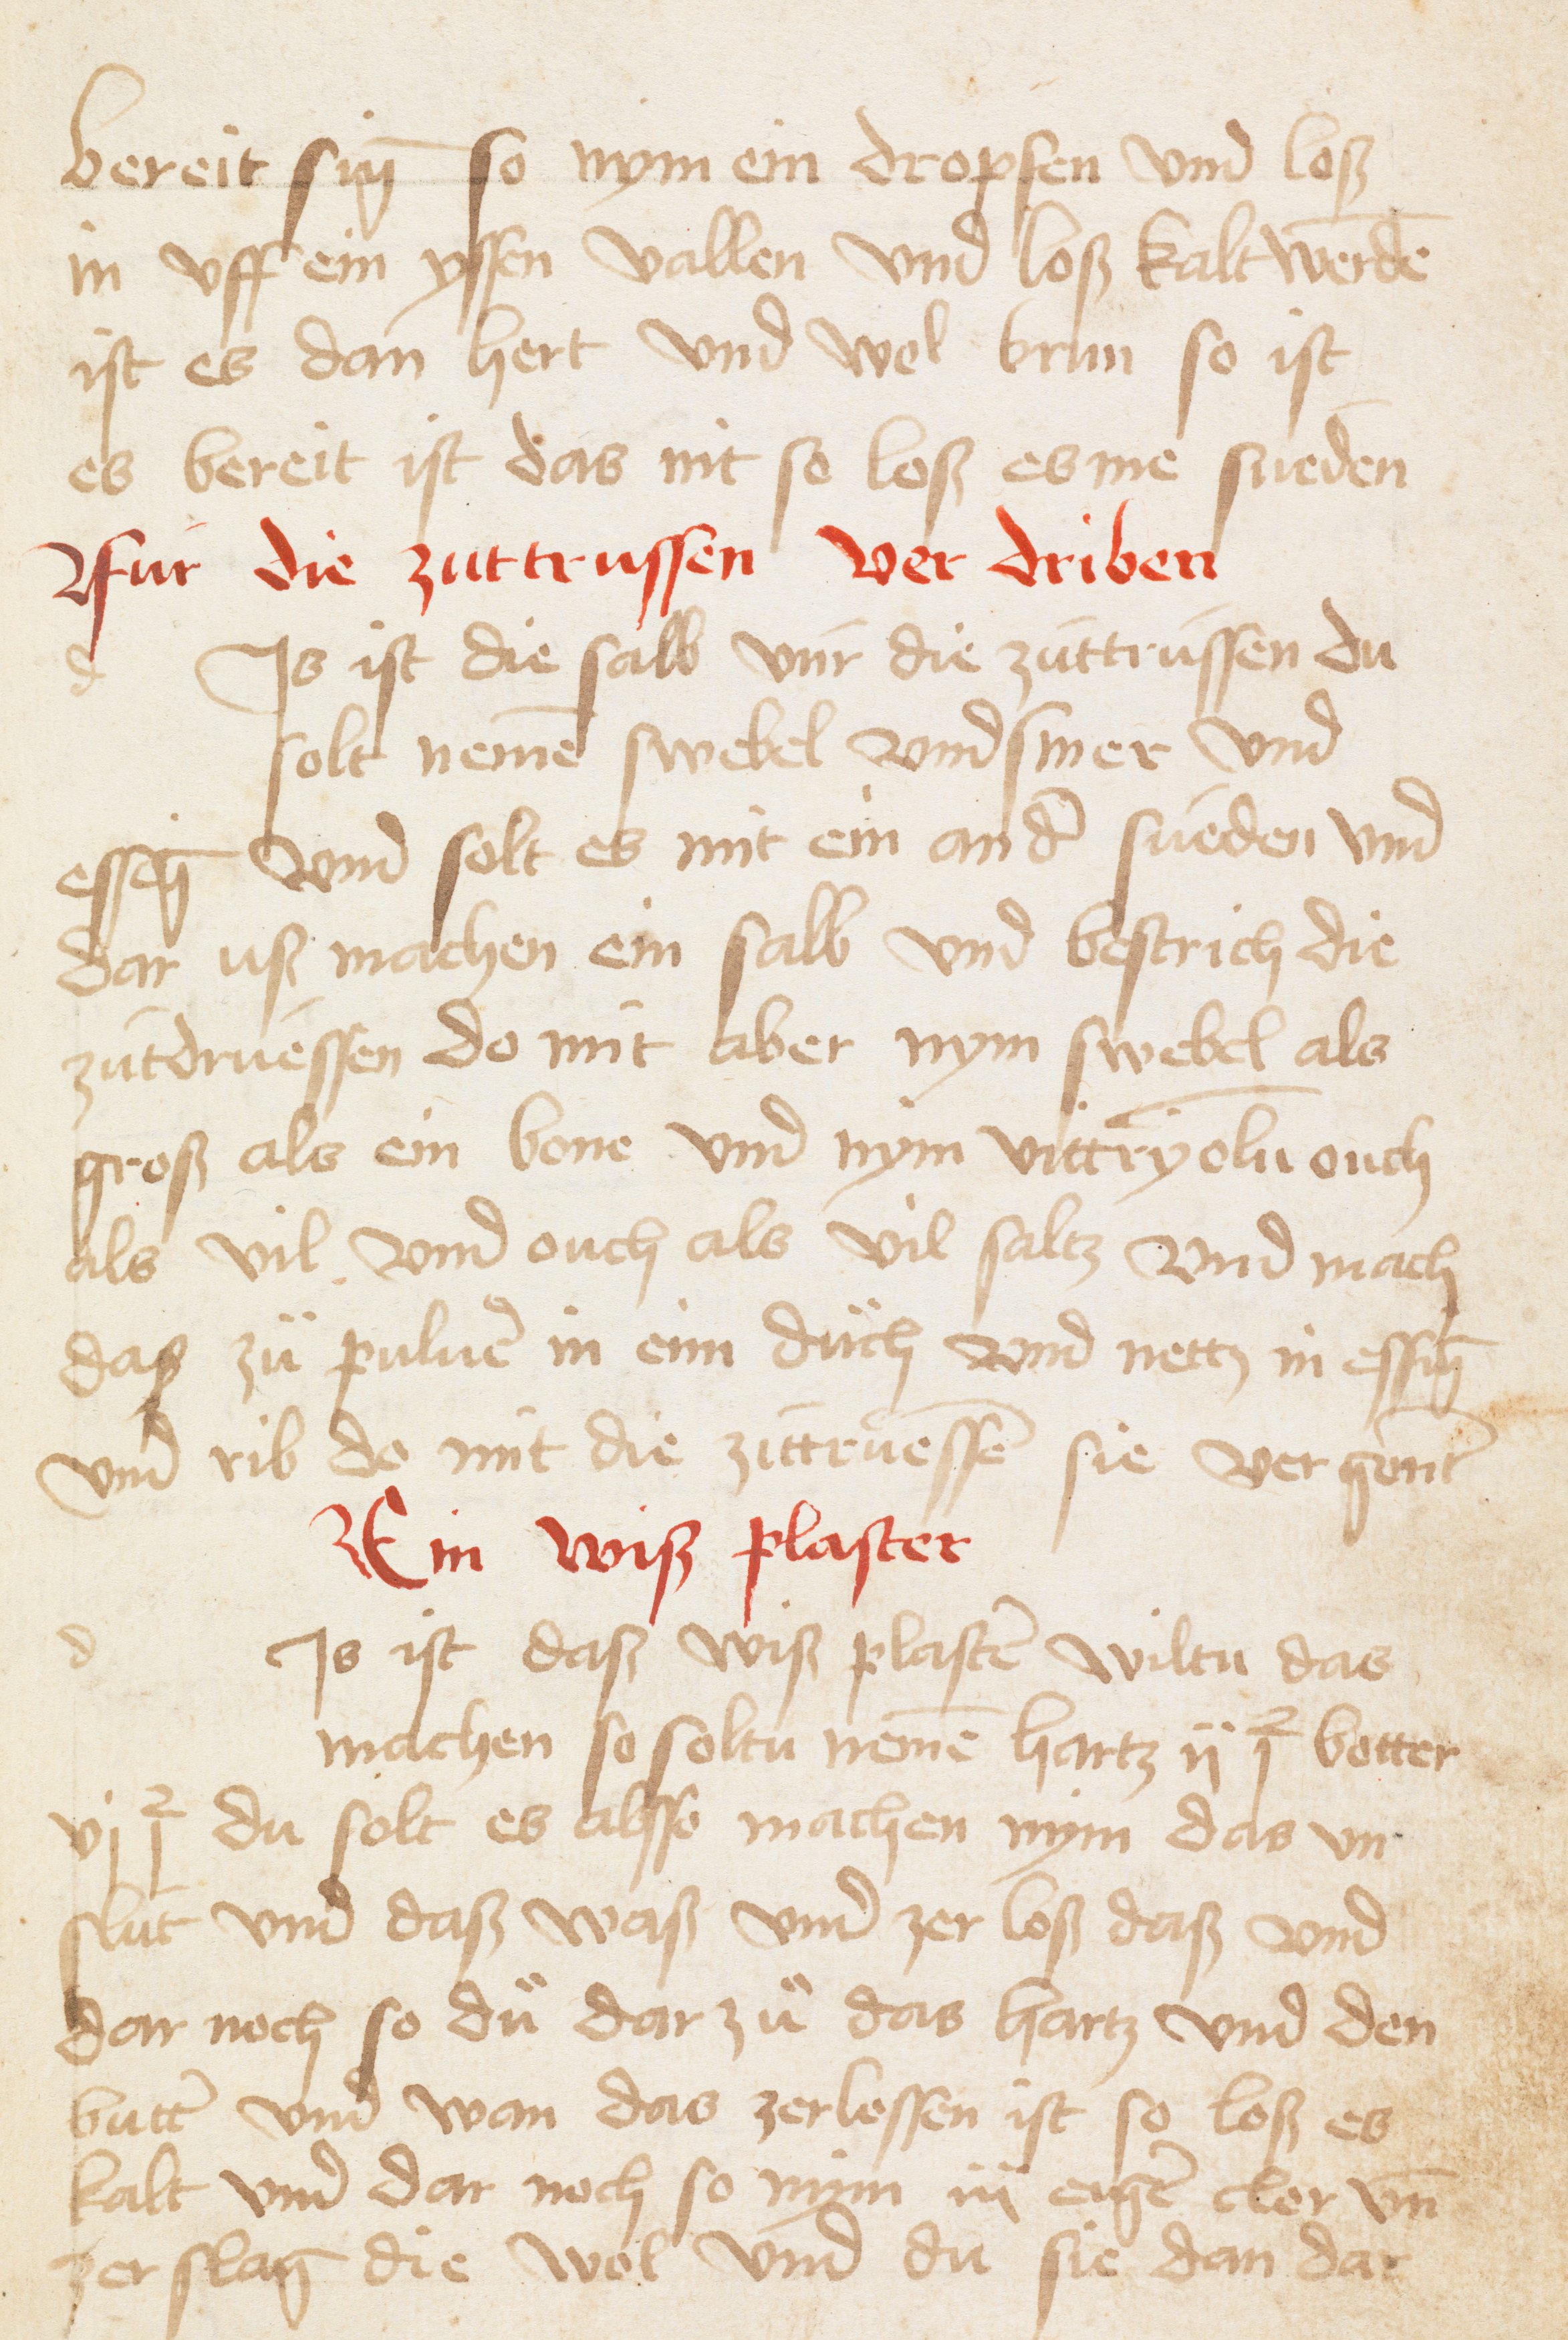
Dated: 1400–1599